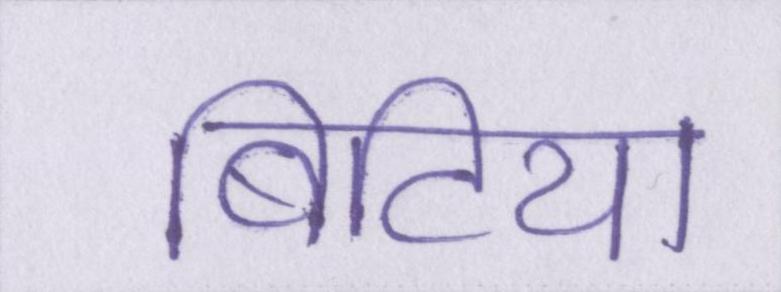
बिटिया